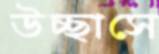
উচ্ছাসে